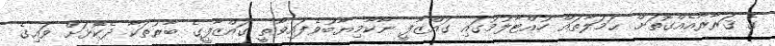
ގެ ޤަރާރާއެއްގޮތަށް ޙަމަލާތައް ހުއްޓާލުމުގައި ގައްޒާފީ ނާކާމިޔާބުވެފައިވާތީ ގައްޒާފީގެ ބާރުތަކާ ދެކޮޅަށް ވައިގެ